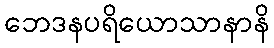
ဘေဒနပရိယောသာနာနိ